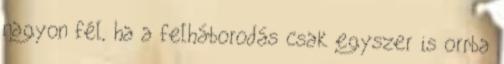
nagyon fél, ha a felháborodás csak egyszer is orrba